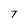
Character: T